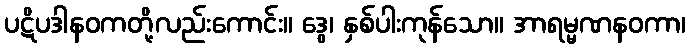
ပဋိပဒါနဝကတို့လည်းကောင်း။ ဒွေ၊ နှစ်ပါးကုန်သော။ အာရမ္မဏနဝကာ၊